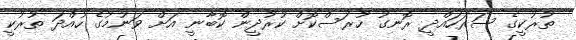
ތުރުކީގެ ސަރަހައްދީ ރޮނގު ހުރަސްކޮށް ކުރުދީން ކޮބާނީ އަށް ވަނުމުގެ ހުއްދަ ތުރުކީ